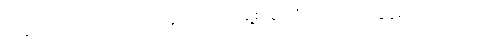
ဆန့်ကျင်ဘက် တောင်တန်းများ အရှေ့စူးစူးသို့ လက်ညှိုးညွန်ရင်း ပြောသည်။